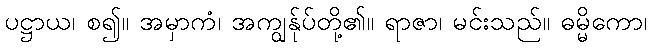
ပဋ္ဌာယ၊ စ၍။ အမှာကံ၊ အကျွန်ုပ်တို့၏။ ရာဇာ၊ မင်းသည်။ ဓမ္မိကော၊